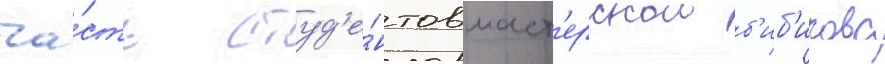
ча́сть студ'е́нтов маст'ерскои б'иб'икова